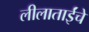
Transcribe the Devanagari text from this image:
लीलाताईंचे